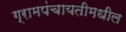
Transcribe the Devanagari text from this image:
ग्रामपंचायतीमधील